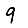
Digit: 9